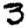
Digit: 3